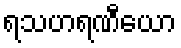
ရသဟရဏီယော